Sketch of the medical history of the native army of Bombay, for the year
Year: 1876
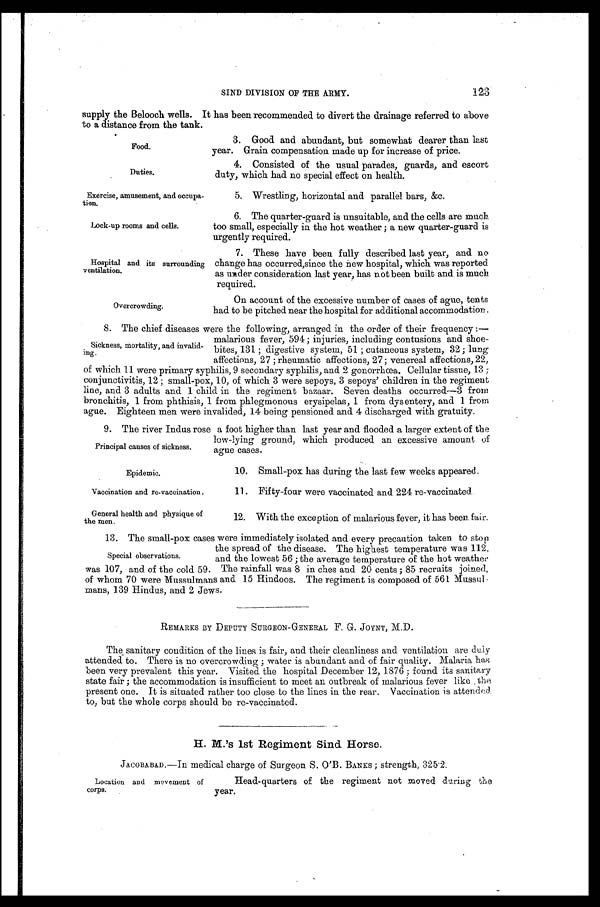
123
SIND DIVISION OF THE ARMY.
supply the Belooch wells. It has been recommended to divert the drainage referred to above
to a distance from the tank.
3. Good and abundant , but s omewhat dear er t han l as t
Food.
year. Grain compensation made up for increase of price.
4. Consi st ed of t he usual par ades, guar ds, and escor t
Duties,
duty, which had no special effect on health.
Exercise, amusement, and occupa-
5. Wrestling, horizontal and parallel bars, &c.
tion.
t6. The quarter-guard is unsuitable,and the cells are much
Lock-up rooms and cells.
too small, especially in the hot weather; a new quarter-guard is
urgently required.
7. These have been fully described last year, and no
Hospital and its surrounding change has occurred,since the new hospital, which was reported
ventilation.
as under consideration last year, has not been built and is much
required.
On account of the excessive number of cases of ague, tents
Overcrowding.
had to be pitched near the hospital for additional accommodation.
8. The chief diseases were the following, arranged in the order of their frequency:—
malarious fever, 594; injuries, including contusions and shoe-
Sickness, mortality, and invalid-
ing.
bites, 131; digestive system, 51; cutaneous system, 32; lung
affections, 27; rheumatic affections, 27; venereal affections, 22,
of which 11 were primary syphilis, 9 secondary syphilis, and 2 gonorrhœa. Cellular tissue, 13;
conjunctivitis, 12; small-pox, 10, of which 3 were sepoys, 3 sepoys' children in the regiment
line, and 3 adults and 1 child in the regiment bazaar. Seven deaths occurred—3 from
bronchitis, 1 from phthisis, 1 from phlegmonous erysipelas, 1 from dysentery, and 1 from
ague. Eighteen men were invalided, 14 being pensioned and 4 discharged with gratuity.
9 . T h e r i v e r I n d u s r o s e a f o o t h i g h e r t h a n l a s t y e a r a n d f l o o d e d a l a r g e r e x t e n t o f t h e
low-lying ground, which produced an excessive amount of
Principal causes of sickness.
ague cases.
Epidemic.
10. Small-pox has during the last few weeks appeared.
Vaccination and re-vaccination.
11. Fifty-four were vaccinated and 224 re-vaccinated
General health and physique of
12. With the exception of malarious fever, it has been fair.
the men.
13. The small-pox cases were immediately isolated and every precaution taken to stop
the spread of the disease. The highest temperature was 112,
Special observations. and the lowest 56; the average temperature of the hot weather
was 107, and of the cold 59. The rainfall was 8 in ches and 20 cents; 85 recruits joined,
of whom 70 were Mussulmans and 15 Hindoos. The regiment is composed of 561
M u s s u l - m a n s , 1 3 9 H i n d u s , a n d 2 J e w s .
REMARKS BY DEPUTY SURGEON-GENERAL F. G. JOYNT, M.D.
The sanitary condition of the lines is fair, and their cleanliness and ventilation are duly
attended to. There is no overcrowding; water is abundant and of fair quality. Malaria has
been very prevalent this year. Visited the hospital December 12, 1876; found its sanitary
state fair; the accommodation is insufficient to meet an outbreak of malarious fever like, the
present one. It is situated rather too close to the lines in the rear. Vaccination is attended
to, but the whole corps should be re-vaccinated.
H.M.'s 1st Regiment Sind Horse.
JACOBABAD—In medical charge of Surgeon S. O'B. BANKS; strength, 325.2.
Location and movement of
Head-quarters of the regiment not moved during the
corps.
year.